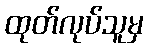
ထုတ်လုပ်သူမှ